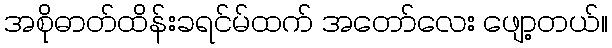
အစိုဓာတ်ထိန်းခရင်မ်ထက် အတော်လေး ဖျော့တယ်။